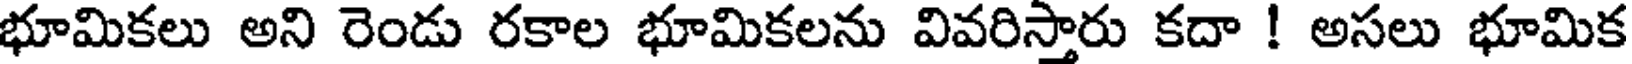
భూమికలు అని రెండు రకాల భూమికలను వివరిస్తారు కదా ! అసలు భూమిక